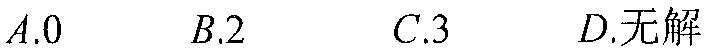
\(A.0\)  \(B.2\)  \(C.3\)  \(D.\)无解